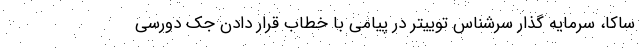
ساکا، سرمایه گذار سرشناس توییتر در پیامی با خطاب قرار دادن جک دورسی